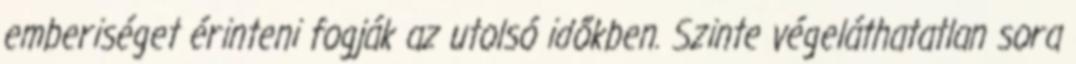
emberiséget érinteni fogják az utolsó időkben. Szinte végeláthatatlan sora